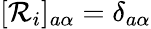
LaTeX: [\mathcal{R}_{i}]_{a\alpha}=\delta_{a\alpha}